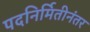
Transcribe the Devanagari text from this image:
पदनिर्मितीनंतर